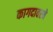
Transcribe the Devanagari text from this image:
कागदावरचे